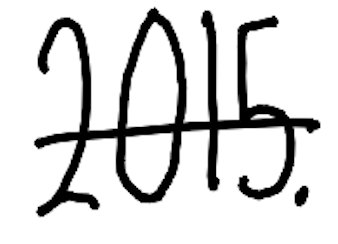
Text: 2015.
Cross-out: mix
Writing tool: digital_black